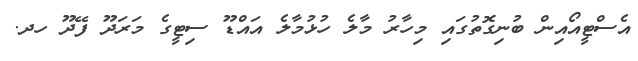
އެސްޓީއޯއިން ބުނިގޮތުގައި މިހާރު މާލެ ހުޅުމާލެ އައްޑޫ ސިޓީގެ މަރަދޫ ފޭދޫ ހދ.